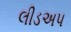
લીડઅપ